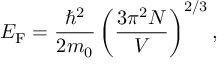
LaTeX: E _ { \mathrm { F } } = { \frac { \hbar ^ { 2 } } { 2 m _ { 0 } } } \left( { \frac { 3 \pi ^ { 2 } N } { V } } \right) ^ { 2 / 3 } ,